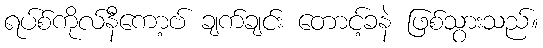
ရပ်စ်ကိုလ်နီကော့ဗ် ချက်ချင်း တောင့်ခနဲ ဖြစ်သွားသည်။